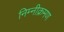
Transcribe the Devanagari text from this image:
निम्नीक्रमण